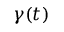
\gamma ( t )